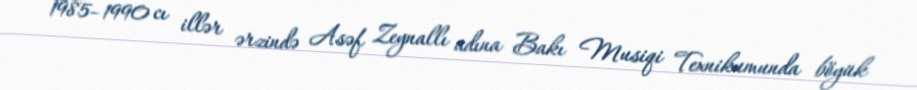
1985–1990 cı illər ərzində Asəf Zeynallı adına Bakı Musiqi Texnikumunda böyük